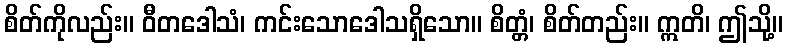
စိတ်ကိုလည်း။ ဝီတဒေါသံ၊ ကင်းသောဒေါသရှိသော။ စိတ္တံ၊ စိတ်တည်း။ ဣတိ၊ ဤသို့။